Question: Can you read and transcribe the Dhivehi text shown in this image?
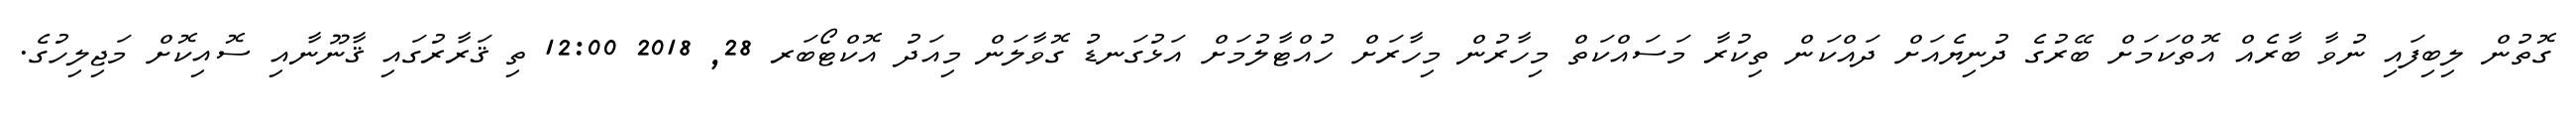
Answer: ގޮތުން ލިބިފައި ނުވާ ބާރެއް އޮތްކަމަށް ބޭރުގެ ދުނިޔެއަށް ދައްކަން ތިކުރާ މަސައްކަތް މިހާރުން މިހާރަށް ހުއްޓާލުމަށް އަޅުގަނޑު ގޮވާލަން މިއަދު އޮކްޓޯބަރ 28, 2018 12:00 ތި ޤަރާރުގައި ޤާނޫނާއި ސޮއިކޮށް މަޖިލިހުގެ.